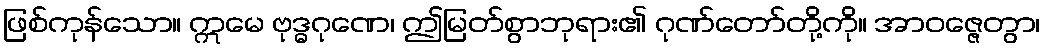
ဖြစ်ကုန်သော။ ဣမေ ဗုဒ္ဓဂုဏေ၊ ဤမြတ်စွာဘုရား၏ ဂုဏ်တော်တို့ကို။ အာဝဇ္ဇေတွာ၊